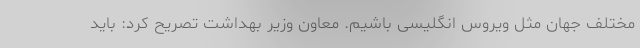
مختلف جهان مثل ویروس انگلیسی باشیم. معاون وزیر بهداشت تصریح کرد: باید